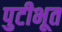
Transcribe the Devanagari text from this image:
पुटीभूत